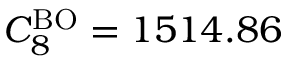
C _ { 8 } ^ { \mathrm { B O } } = 1 5 1 4 . 8 6